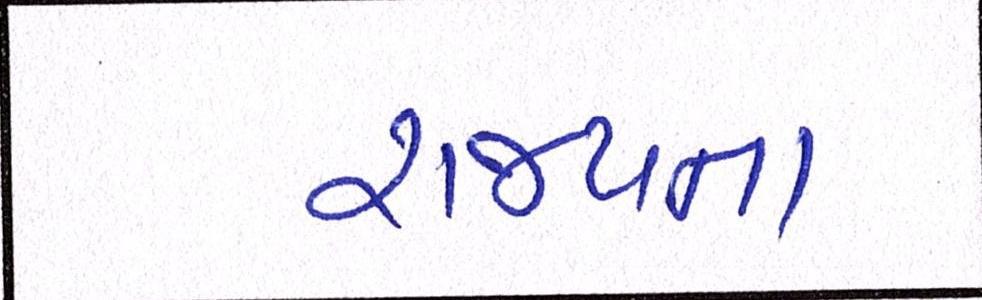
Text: રાજ્યના